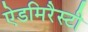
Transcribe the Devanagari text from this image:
ऐडमिरैस्टी